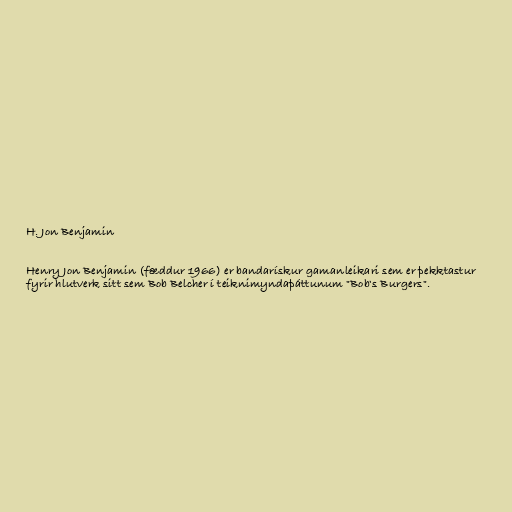
H. Jon Benjamin

Henry Jon Benjamin (fæddur 1966) er bandarískur gamanleikari sem er þekktastur
fyrir hlutverk sitt sem Bob Belcher í teiknimyndaþáttunum "Bob's Burgers".